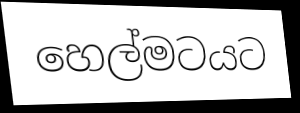
හෙල්මටයට